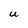
Character: U